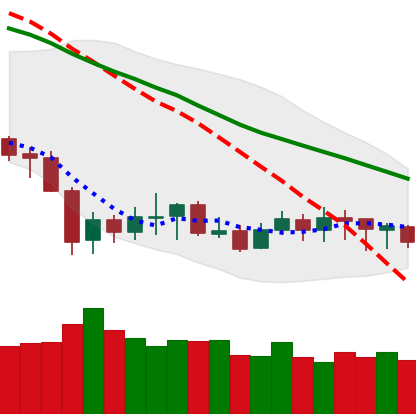
Ticker: XLM-USD
Chart end date: 2020-01-02
Forward return: 12.981%
Label: up_7plus